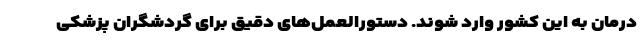
درمان به این کشور وارد شوند. دستورالعمل‌های دقیق برای گردشگران پزشکی